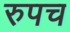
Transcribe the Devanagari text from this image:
रुपच